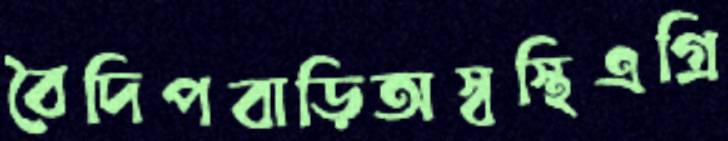
বৈদিপবাড়িঅস্বস্থিএগ্রি